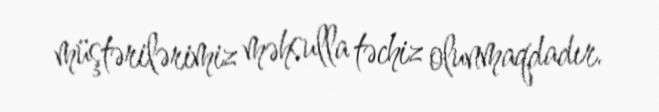
müştərilərimiz məhsulla təchiz olunmaqdadır.